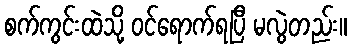
စက်ကွင်းထဲသို့ ဝင်ရောက်ရပြီ မလွဲတည်း။